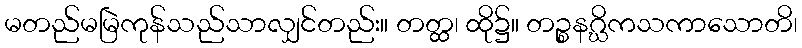
မတည်မမြဲကုန်သည်သာလျှင်တည်း။ တတ္ထ၊ ထို၌။ တဉ္စနဂ္ဃိကသကာသောတိ၊